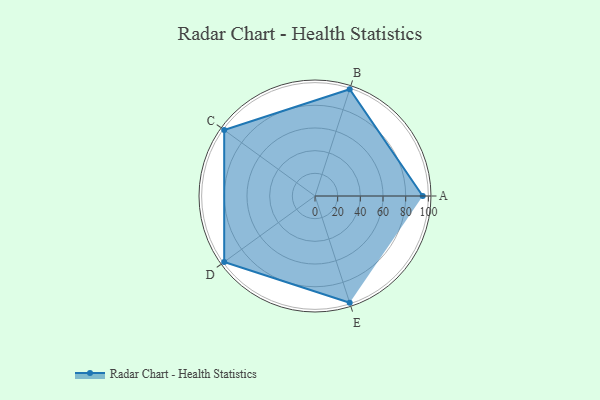
{"axis": {"x": "Skill", "y": "Score"}, "legend": ["Profile"], "data": [{"x": "A", "y": 95.0, "type": "Profile"}, {"x": "B", "y": 99.0, "type": "Profile"}, {"x": "C", "y": 99, "type": "Profile"}, {"x": "D", "y": 99, "type": "Profile"}, {"x": "E", "y": 99, "type": "Profile"}]}